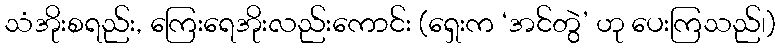
သံအိုးစရည်း, ကြေးရေအိုးလည်းကောင်း (ရှေးက ‘အင်တွဲ’ ဟု ပေးကြသည်၊)